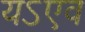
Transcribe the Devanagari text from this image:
यऽएव